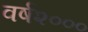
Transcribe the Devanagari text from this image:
वर्ष२०००